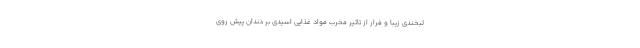
لبخندی زیبا و فرار از تاثیر مخرب مواد غذایی اسیدی بر دندان پیش روی